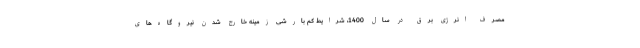
مصرف انرژی برق در سال 1400، شرایط کم بارشی زمینه خارج شدن نیروگاه‌های